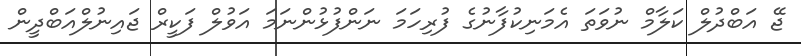
ޖޭ އަބްދުލް ކަލާމް ނުވަތަ އެމަނިކުފާނުގެ ފުރިހަމަ ނަންފުޅުންނަމަ އަވުލް ފަކީރް ޖައިނުލްއަބްދީން